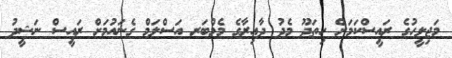
މަޖިލީހުގެ ރައީސްކަމަށް ހިތަދޫ މެދު ދާއިރާގެ މެމްބަރ އަސްލަމް ގެނައުމަށް ރައީސް ނަޝީދު